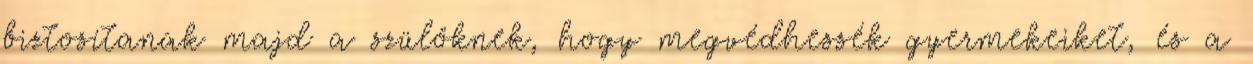
biztosítanak majd a szülőknek, hogy megvédhessék gyermekeiket, és a